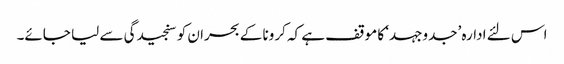
اس لئے ادارہ ’جدوجہد‘ کا موقف ہے کہ کرونا کے بحران کو سنجیدگی سے لیا جائے۔